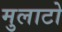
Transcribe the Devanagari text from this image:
मुलाटो